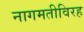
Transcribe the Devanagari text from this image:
नागमतीविरह